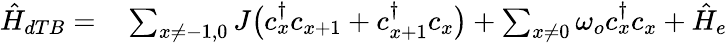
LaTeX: \begin{array}{rl}{\hat{H}_{dTB}=}&{{}\sum_{x\ne-1,0}J\big(c_{x}^{\dagger}c_{x+1}+c_{x+1}^{\dagger}c_{x}\big)+\sum_{x\ne 0}\omega_{o}c_{x}^{\dagger}c_{x}+\hat{H}_{e}}\end{array}